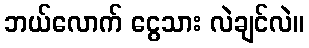
ဘယ်လောက် ငွေသား လဲချင်လဲ။